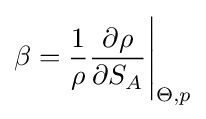
\beta ={\frac {1}{\rho }}{\frac {\partial \rho }{\partial S_{A}}}{\Bigg |}_{\Theta ,p}